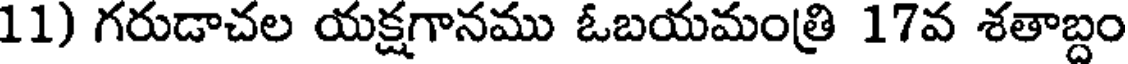
11) గరుడాచల యక్షగానము ఓబయమంత్రి 17వ శతాబ్దం